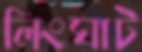
লিংঘাট